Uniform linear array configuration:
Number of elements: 4
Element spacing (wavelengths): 1
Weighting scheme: blackman
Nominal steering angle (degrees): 60
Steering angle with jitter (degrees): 60.931
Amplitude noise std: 0.05
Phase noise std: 0.05

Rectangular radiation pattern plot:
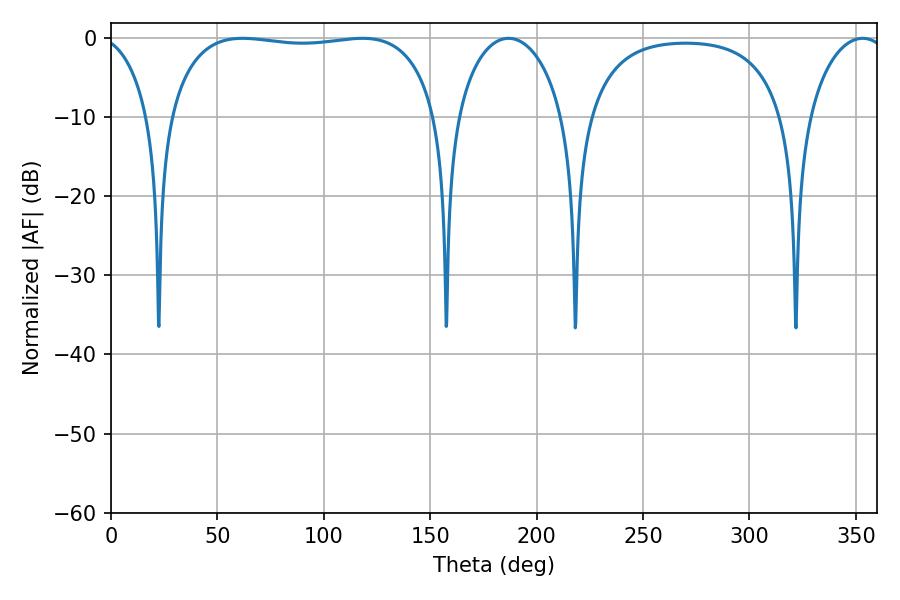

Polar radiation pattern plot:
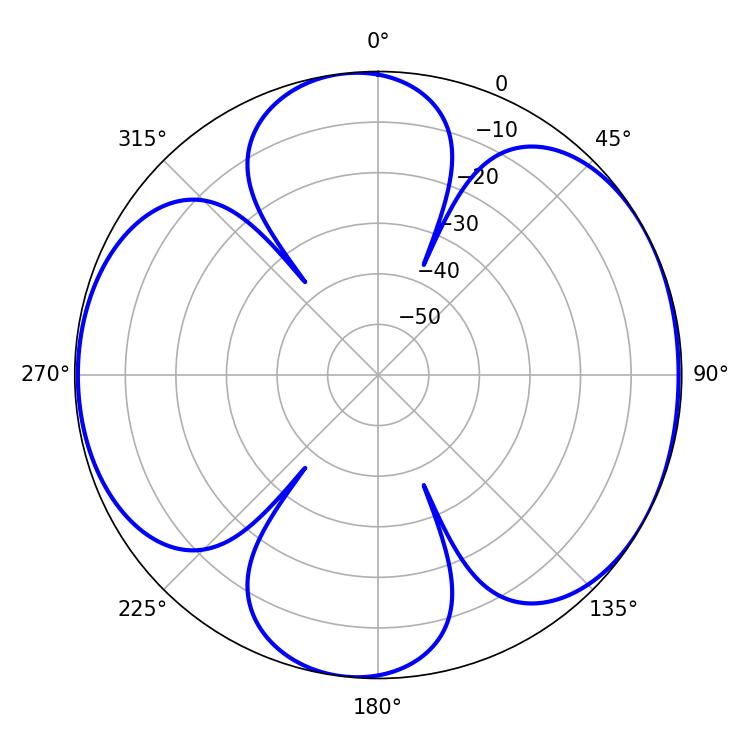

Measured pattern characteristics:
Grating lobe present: TRUE
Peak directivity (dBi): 6.46
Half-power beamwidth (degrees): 29.16
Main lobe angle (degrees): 186.84